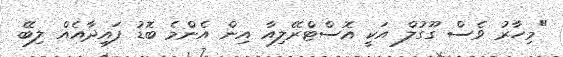
"މިހާރު ވެސް ގޫގުލް އަކީ އޮސްޓްރޭލިއާ އިން އެންމެ ބޮޑު ފައިދާއެއް ލިބޭ